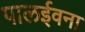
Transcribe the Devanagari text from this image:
पालईवना